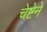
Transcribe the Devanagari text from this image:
चेष्टेने